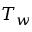
T _ { w }